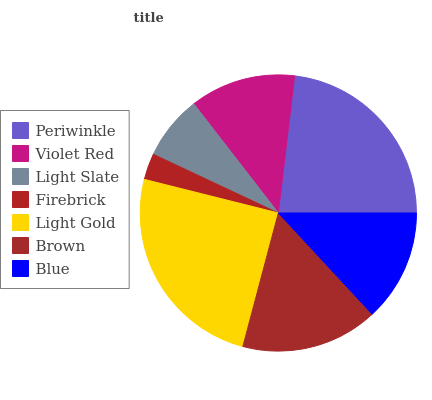
| Periwinkle | Violet Red | Light Slate | Firebrick | Light Gold | Brown | Blue |
 | --- | --- | --- | --- | --- | --- | --- |
 | 23.1% | 12.4% | 7.52% | 3.07% | 24.8% | 16.1% | 13.1% |